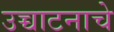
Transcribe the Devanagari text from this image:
उच्चाटनाचे